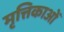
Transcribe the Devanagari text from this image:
मृत्तिकाओं